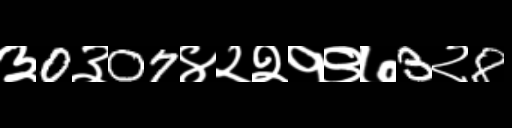
Text: ३0३07४२२१९७3२8